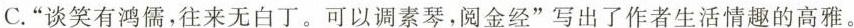
C.”谈笑有鸿儒，往来无白丁。可以调素琴，阅金经”写出了作者生活情趣的高雅。